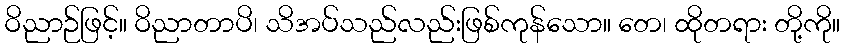
ဝိညာဉ်ဖြင့်။ ဝိညာတာပိ၊ သိအပ်သည်လည်းဖြစ်ကုန်သော။ တေ၊ ထိုတရား တို့ကို။